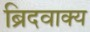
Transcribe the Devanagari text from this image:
ब्रिदवाक्य